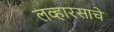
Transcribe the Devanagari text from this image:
लव्हारसाचे